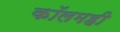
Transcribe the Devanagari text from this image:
कॉलमही